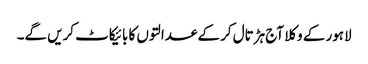
لاہور کے وکلا آج ہڑتال کر کے عدالتوں کا بائیکاٹ کریں گے۔